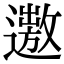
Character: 𨗯